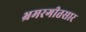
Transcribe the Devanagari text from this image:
भ्रमरगीतसार